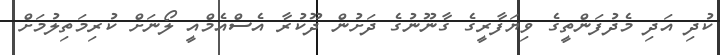
ކުދި އަދި މެދުފަންތީގެ ވިޔަފާރީގެ ގާނޫނުގެ ދަށުން ދޫކުރާ އެސްއެމްއީ ލޯނަށް ކުރިމަތިލުމަށް